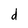
Character: d